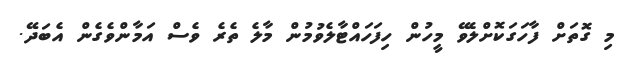
މި ގޮތަށް ފާހަގަކޮށްލެވޭ މީހުން ހިފަހައްޓާލެވުމުން މާލެ ތެރެ ވެސް އަމާންވެގެން އެބަދޭ.